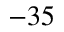
- 3 5